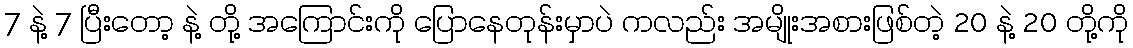
7 နဲ့ 7 ပြီးတော့ နဲ့ တို့ အကြောင်းကို ပြောနေတုန်းမှာပဲ ကလည်း အမျိုးအစားဖြစ်တဲ့ 20 နဲ့ 20 တို့ကို